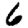
Digit: 6